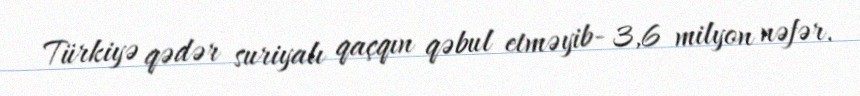
Türkiyə qədər suriyalı qaçqın qəbul etməyib- 3,6 milyon nəfər.